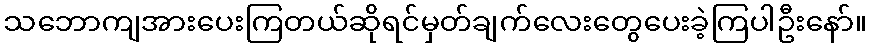
သဘောကျအားပေးကြတယ်ဆိုရင်မှတ်ချက်လေးတွေပေးခဲ့ကြပါဦးနော်။